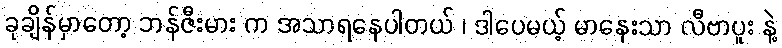
ခုချိန်မှာတော့ ဘန်ဇီးမား က အသာရနေပါတယ် ၊ ဒါပေမယ့် မာနေးသာ လီဗာပူး နဲ့